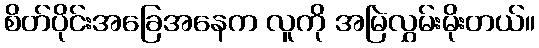
စိတ်ပိုင်းအခြေအနေက လူကို အမြဲလွှမ်းမိုးတယ်။